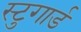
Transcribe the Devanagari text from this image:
स्टुगार्ड